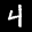
Label: 4